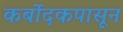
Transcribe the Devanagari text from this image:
कर्बोदकपासून